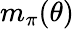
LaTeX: m_{\pi}(\theta)